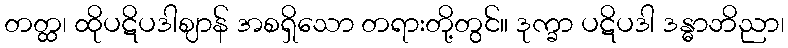
တတ္ထ၊ ထိုပဋိပဒါဈာန် အစရှိသော တရားတို့တွင်။ ဒုက္ခာ ပဋိပဒါ ဒန္ဓာဘိညာ၊